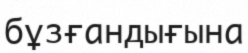
бұзғандығына